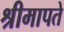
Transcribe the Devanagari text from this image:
श्रीमापते